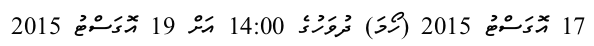
17 އޮގަސްޓު 2015 (ހޯމަ) ދުވަހުގެ 14:00 އަށް 19 އޮގަސްޓު 2015